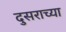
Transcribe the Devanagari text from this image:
दुसराच्या